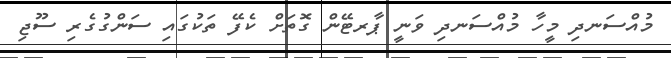
މުއްސަނދި މީހާ މުއްސަނދި ވަނީ ޕާރޓޭން ގޮތަށް ކެފޭ ތަކުގައި ސަންގުގެރި ސޫޖި